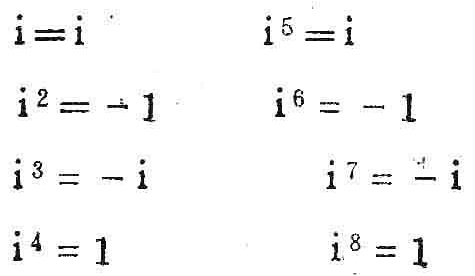
\[
\begin{align*}
i&=i&i^{5}&=i\\
i^{2}&=- 1&i^{6}&=-1\\
i^{3}&=-i&i^{7}&=-i\\
i^{4}&=1&i^{8}&=1
\end{align*}
\]